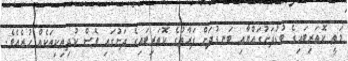
މަތީ ކޮތަރިބައިގެ ބުޑުދަށުގައްޔާއި ބަނޑުދަށް ފަރާތުގެ ކޮތަރިބައިގެ ދަށުގައި ވެސް ކުދިތިކިތަކެއް ހުރެއެވެ.